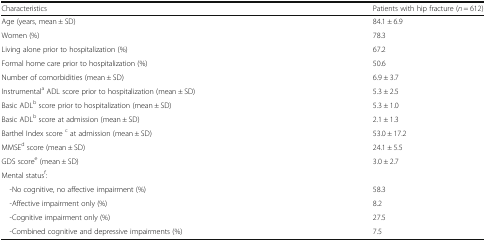
| Characteristics | Patients with hip fracture (n = 612) |
 | --- | --- |
 | Age (years, mean ± SD) | 84.1 ± 6.9 |
 | Women (%) | 78.3 |
 | Living alone prior to hospitalization (%) | 67.2 |
 | Formal home care prior to hospitalization (%) | 50.6 |
 | Number of comorbidities (mean ± SD) | 6.9 ± 3.7 |
 | Instrumentala ADL score prior to hospitalization (mean ± SD) | 5.3 ± 2.5 |
 | Basic ADLb score prior to hospitalization (mean ± SD) | 5.3 ± 1.0 |
 | Basic ADLb score at admission (mean ± SD) | 2.1 ± 1.3 |
 | Barthel Index score c at admission (mean ± SD) | 53.0 ± 17.2 |
 | MMSEd score (mean ± SD) | 24.1 ± 5.5 |
 | GDS scoree (mean ± SD) | 3.0 ± 2.7 |
 | Mental statusf: |  |
 | -No cognitive, no affective impairment (%) | 58.3 |
 | -Affective impairment only (%) | 8.2 |
 | -Cognitive impairment only (%) | 27.5 |
 | -Combined cognitive and depressive impairments (%) | 7.5 |